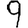
Digit: 9